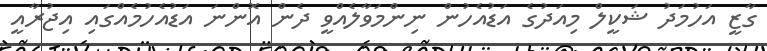
ގާޒީ އަހުމަދު ޝަކީލް މިއަދުގެ އަޑުއެހުން ނިންމަވާލެއްވީ ދެން އޮންނަ އަޑުއެހުމެއްގައި އިޖުރާއީ